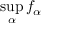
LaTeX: \operatorname* { s u p } _ { \alpha } f _ { \alpha }